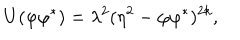
U ( \varphi \varphi ^ { \ast } ) = \lambda ^ { 2 } ( \eta ^ { 2 } - \varphi \varphi ^ { \ast } ) ^ { 2 k } ,